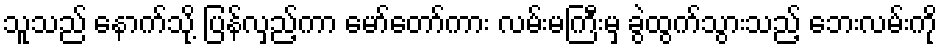
သူသည် နောက်သို့ ပြန်လှည့်ကာ မော်တော်ကား လမ်းမကြီးမှ ခွဲထွက်သွားသည့် ဘေးလမ်းကို